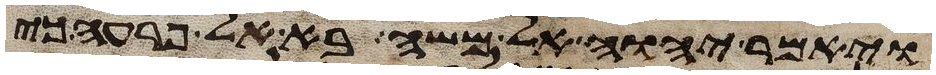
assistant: ויאמר יהוה אל משה בא אל פרעה כי